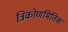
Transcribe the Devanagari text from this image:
त्रिकोणमितिक